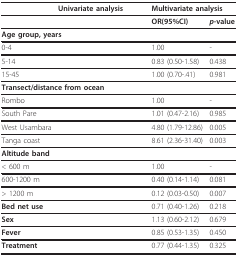
<table><thead><tr><td>[EMPTY_CELL]</td><td colspan="2"><b>Univariate analysis</b></td><td colspan="2"><b>Multivariate analysis</b></td></tr></thead><tbody><tr><td>[EMPTY_CELL]</td><td>[EMPTY_CELL]</td><td>[EMPTY_CELL]</td><td><b>OR(95%CI)</b></td><td><b><i>p</i>-value</b></td></tr><tr><td colspan="5"><b>Age group, years</b></td></tr><tr><td>0-4</td><td>[EMPTY_CELL]</td><td>[EMPTY_CELL]</td><td>1.00</td><td>-</td></tr><tr><td>5-14</td><td>[EMPTY_CELL]</td><td>[EMPTY_CELL]</td><td>0.83 (0.50-1.58)</td><td>0.438</td></tr><tr><td>15-45</td><td>[EMPTY_CELL]</td><td>[EMPTY_CELL]</td><td>1.00 (0.70-.41)</td><td>0.981</td></tr><tr><td colspan="5"><b>Transect/distance from ocean</b></td></tr><tr><td>Rombo</td><td>[EMPTY_CELL]</td><td>[EMPTY_CELL]</td><td>1.00</td><td>-</td></tr><tr><td>South Pare</td><td>[EMPTY_CELL]</td><td>[EMPTY_CELL]</td><td>1.01 (0.47-2.16)</td><td>0.985</td></tr><tr><td>West Usambara</td><td>[EMPTY_CELL]</td><td>[EMPTY_CELL]</td><td>4.80 (1.79-12.86)</td><td>0.005</td></tr><tr><td>Tanga coast</td><td>[EMPTY_CELL]</td><td>[EMPTY_CELL]</td><td>8.61 (2.36-31.40)</td><td>0.003</td></tr><tr><td colspan="5"><b>Altitude band</b></td></tr><tr><td>&lt; 600 m</td><td>[EMPTY_CELL]</td><td>[EMPTY_CELL]</td><td>1.00</td><td>-</td></tr><tr><td>600-1200 m</td><td>[EMPTY_CELL]</td><td>[EMPTY_CELL]</td><td>0.40 (0.14-1.14)</td><td>0.081</td></tr><tr><td>&gt; 1200 m</td><td>[EMPTY_CELL]</td><td>[EMPTY_CELL]</td><td>0.12 (0.03-0.50)</td><td>0.007</td></tr><tr><td><b>Bed net use</b></td><td>[EMPTY_CELL]</td><td>[EMPTY_CELL]</td><td>0.71 (0.40-1.26)</td><td>0.218</td></tr><tr><td><b>Sex</b></td><td>[EMPTY_CELL]</td><td>[EMPTY_CELL]</td><td>1.13 (0.60-2.12)</td><td>0.679</td></tr><tr><td><b>Fever</b></td><td>[EMPTY_CELL]</td><td>[EMPTY_CELL]</td><td>0.85 (0.53-1.35)</td><td>0.450</td></tr><tr><td><b>Treatment</b></td><td>[EMPTY_CELL]</td><td>[EMPTY_CELL]</td><td>0.77 (0.44-1.35)</td><td>0.325</td></tr></tbody></table>